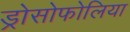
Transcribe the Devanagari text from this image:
ड्रोसोफोलिया